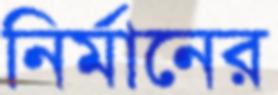
নির্মানের